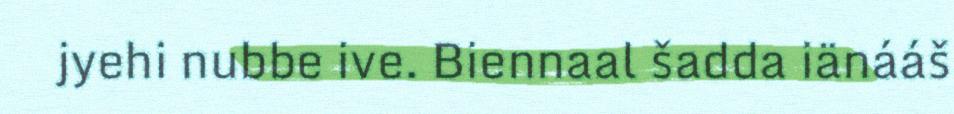
jyehi nubbe ive. Biennaal šadda iänááš